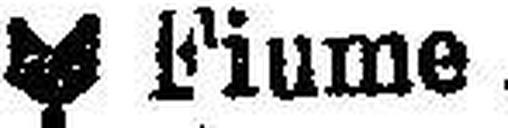
Fiume